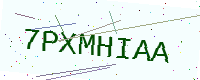
Text: 7PXMHIAA